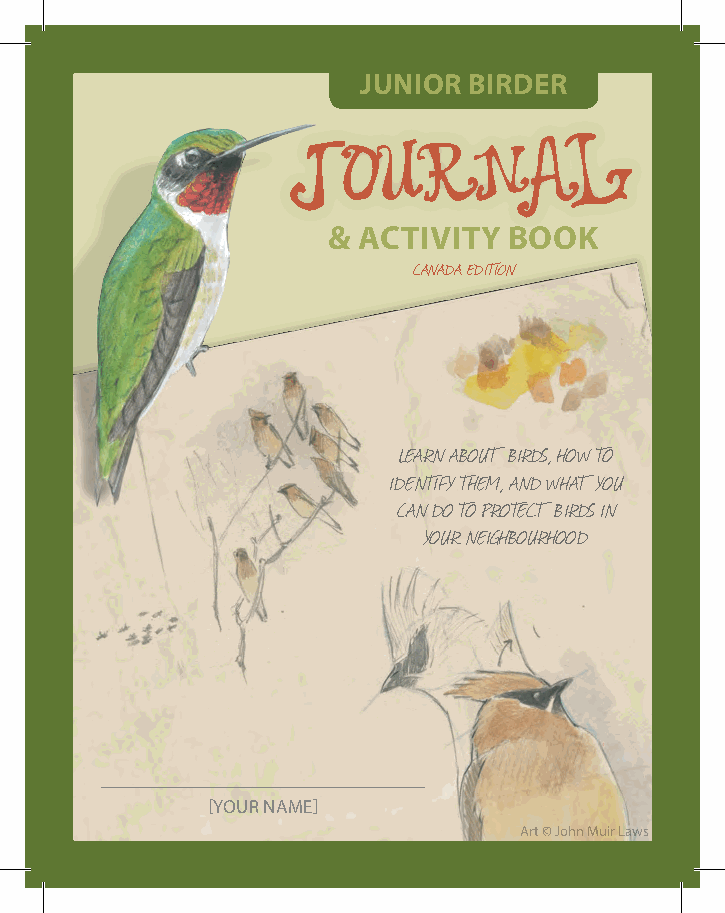
Junior Birder
 Journal
 & Activity  Book
 canada edition
 Learn about birds, how to
 identify them, and what you
 can do to protect birds in
 your neighbourhood
 [your name]
 Art © John Muir Laws
 1